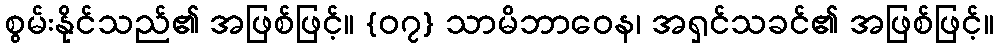
စွမ်းနိုင်သည်၏ အဖြစ်ဖြင့်။ {၀၇} သာမိဘာဝေန၊ အရှင်သခင်၏ အဖြစ်ဖြင့်။